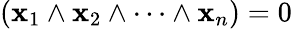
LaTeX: (\mathbf{x}_{1}\wedge\mathbf{x}_{2}\wedge\cdots\wedge\mathbf{x}_{n})=0